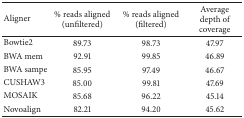
<table><thead><tr><td><b>Aligner</b></td><td><b>% reads aligned (unfiltered)</b></td><td><b>% reads aligned (filtered)</b></td><td><b>Average depth of coverage</b></td></tr></thead><tbody><tr><td>Bowtie2</td><td>89.73</td><td>98.73</td><td>47.97</td></tr><tr><td>BWA mem</td><td>92.91</td><td>99.85</td><td>46.89</td></tr><tr><td>BWA sampe</td><td>85.95</td><td>97.49</td><td>46.67</td></tr><tr><td>CUSHAW3</td><td>85.00</td><td>99.81</td><td>47.69</td></tr><tr><td>MOSAIK</td><td>85.68</td><td>96.22</td><td>45.14</td></tr><tr><td>Novoalign</td><td>82.21</td><td>94.20</td><td>45.62</td></tr></tbody></table>